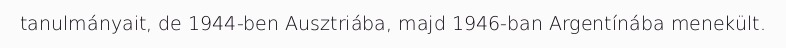
tanulmányait, de 1944-ben Ausztriába, majd 1946-ban Argentínába menekült.